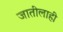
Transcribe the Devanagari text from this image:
जातीलाही